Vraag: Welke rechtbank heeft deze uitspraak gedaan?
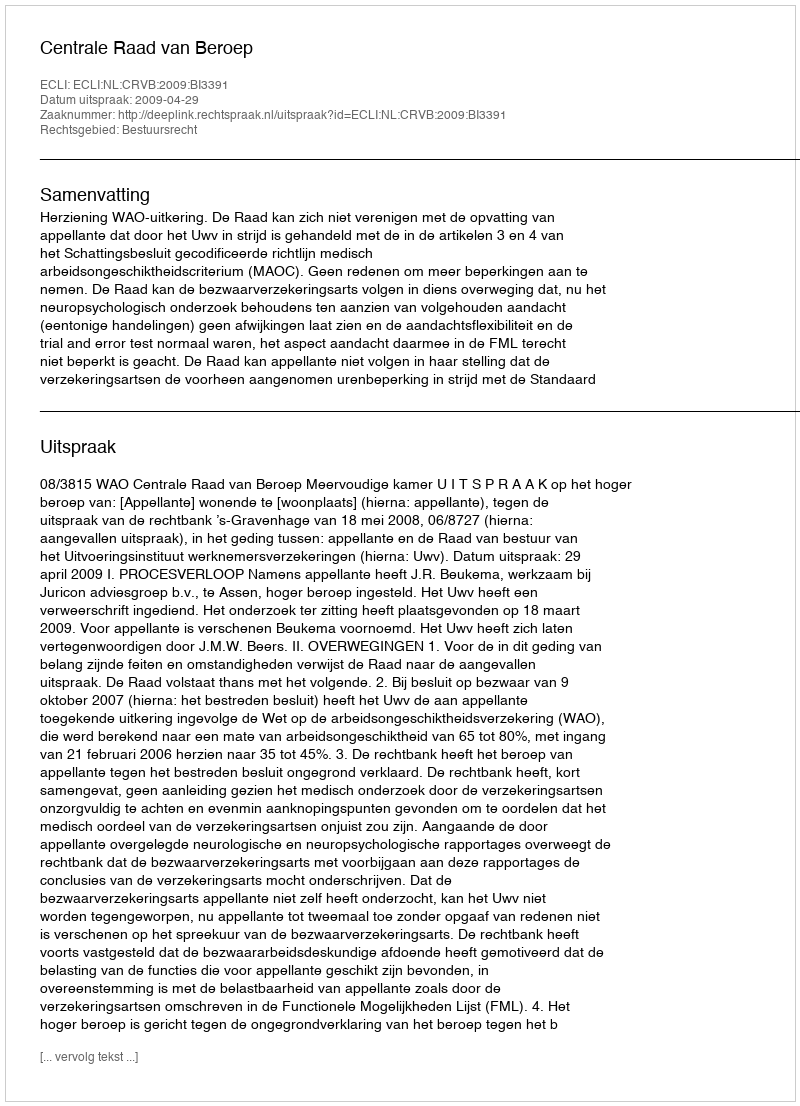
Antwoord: Centrale Raad van Beroep